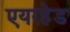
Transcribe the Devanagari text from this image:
एयरहेड